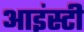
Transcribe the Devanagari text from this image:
आइंस्टी